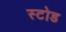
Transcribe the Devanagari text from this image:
स्टोड